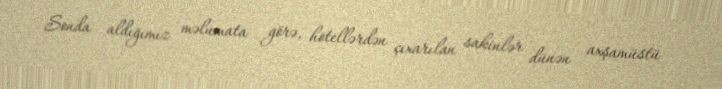
Sonda aldığımız məlumata görə, hotellərdən çıxarılan sakinlər dünən axşamüstü